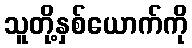
သူတို့နှစ်ယောက်ကို